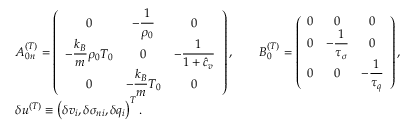
\begin{array} { r l } & { \boldsymbol { A } _ { 0 n } ^ { ( T ) } = \left( \begin{array} { c c c } { 0 } & { \displaystyle - \frac { 1 } { \rho _ { 0 } } } & { 0 } \\ { \displaystyle - \frac { k _ { B } } { m } \rho _ { 0 } T _ { 0 } } & { 0 } & { \displaystyle - \frac { 1 } { 1 + \hat { c } _ { v } } } \\ { 0 } & { \displaystyle - \frac { k _ { B } } { m } T _ { 0 } } & { 0 } \end{array} \right) , \qquad \boldsymbol { B } _ { 0 } ^ { ( T ) } = \left( \begin{array} { c c c } { 0 } & { 0 } & { 0 } \\ { 0 } & { \displaystyle { - \frac { 1 } { \tau _ { \sigma } } } } & { 0 } \\ { 0 } & { 0 } & { \displaystyle { - \frac { 1 } { \tau _ { q } } } } \end{array} \right) , } \\ & { \delta \boldsymbol { u } ^ { ( T ) } \equiv \left( \delta v _ { i } , \delta \sigma _ { n i } , \delta q _ { i } \right) ^ { T } . } \end{array}